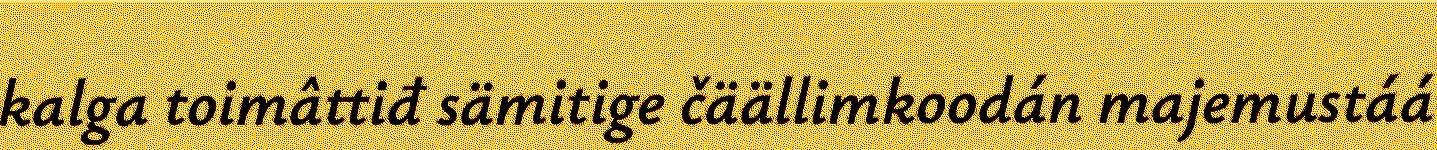
kalga toimâttiđ sämitige čäällimkoodán majemustáá